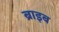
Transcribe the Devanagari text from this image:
ब्राइब